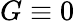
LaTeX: G\equiv 0